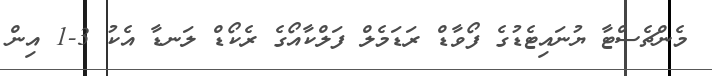
މެންޗެސްޓާ ޔުނައިޓެޑުގެ ފޯވާޑް ރަޑަމެލް ފަލްކާއޯގެ ރެކޯޑް ލަނޑާ އެކު 3-1 އިން